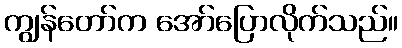
ကျွန်တော်က အော်ပြောလိုက်သည်။